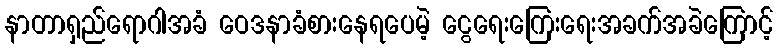
နာတာရှည်ရောဂါအခံ ဝေဒနာခံစားနေရပေမဲ့ ငွေရေးကြေးရေးအခက်အခဲကြောင့်